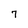
Character: 7